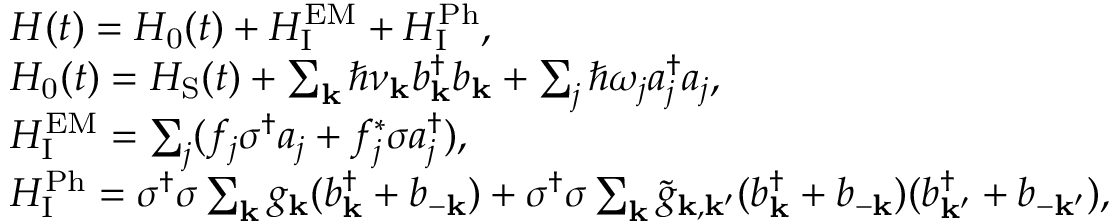
\begin{array} { r l } & { H ( t ) = H _ { \mathrm { 0 } } ( t ) + H _ { \mathrm { I } } ^ { \mathrm { E M } } + H _ { \mathrm { I } } ^ { \mathrm { P h } } , } \\ & { H _ { \mathrm { 0 } } ( t ) = H _ { \mathrm { S } } ( t ) + \sum _ { \mathbf { k } } \hbar \nu _ { \mathbf { k } } b _ { \mathbf { k } } ^ { \dagger } b _ { \mathbf { k } } + \sum _ { j } \hbar \omega _ { j } a _ { j } ^ { \dagger } a _ { j } , } \\ & { H _ { \mathrm { I } } ^ { \mathrm { E M } } = \sum _ { j } ( f _ { j } \sigma ^ { \dagger } a _ { j } + f _ { j } ^ { \ast } \sigma a _ { j } ^ { \dagger } ) , } \\ & { H _ { \mathrm { I } } ^ { \mathrm { P h } } = \sigma ^ { \dagger } \sigma \sum _ { \mathbf { k } } g _ { \mathbf { k } } ( b _ { \mathbf { k } } ^ { \dagger } + b _ { - \mathbf { k } } ) + \sigma ^ { \dagger } \sigma \sum _ { \mathbf { k } } \tilde { g } _ { \mathbf { k } , \mathbf { k } ^ { \prime } } ( b _ { \mathbf { k } } ^ { \dagger } + b _ { - \mathbf { k } } ) ( b _ { \mathbf { k } ^ { \prime } } ^ { \dagger } + b _ { - \mathbf { k } ^ { \prime } } ) , } \end{array}